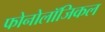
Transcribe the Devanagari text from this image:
फोनोलॉजिकल